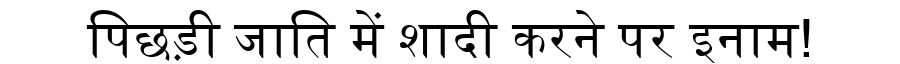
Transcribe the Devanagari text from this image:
पिछड़ी जाति में शादी करने पर इनाम!